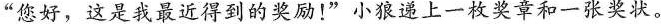
”您好，这是我最近得到的奖励！”小狼递上一枚奖章和一张奖状。